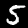
Label: 5